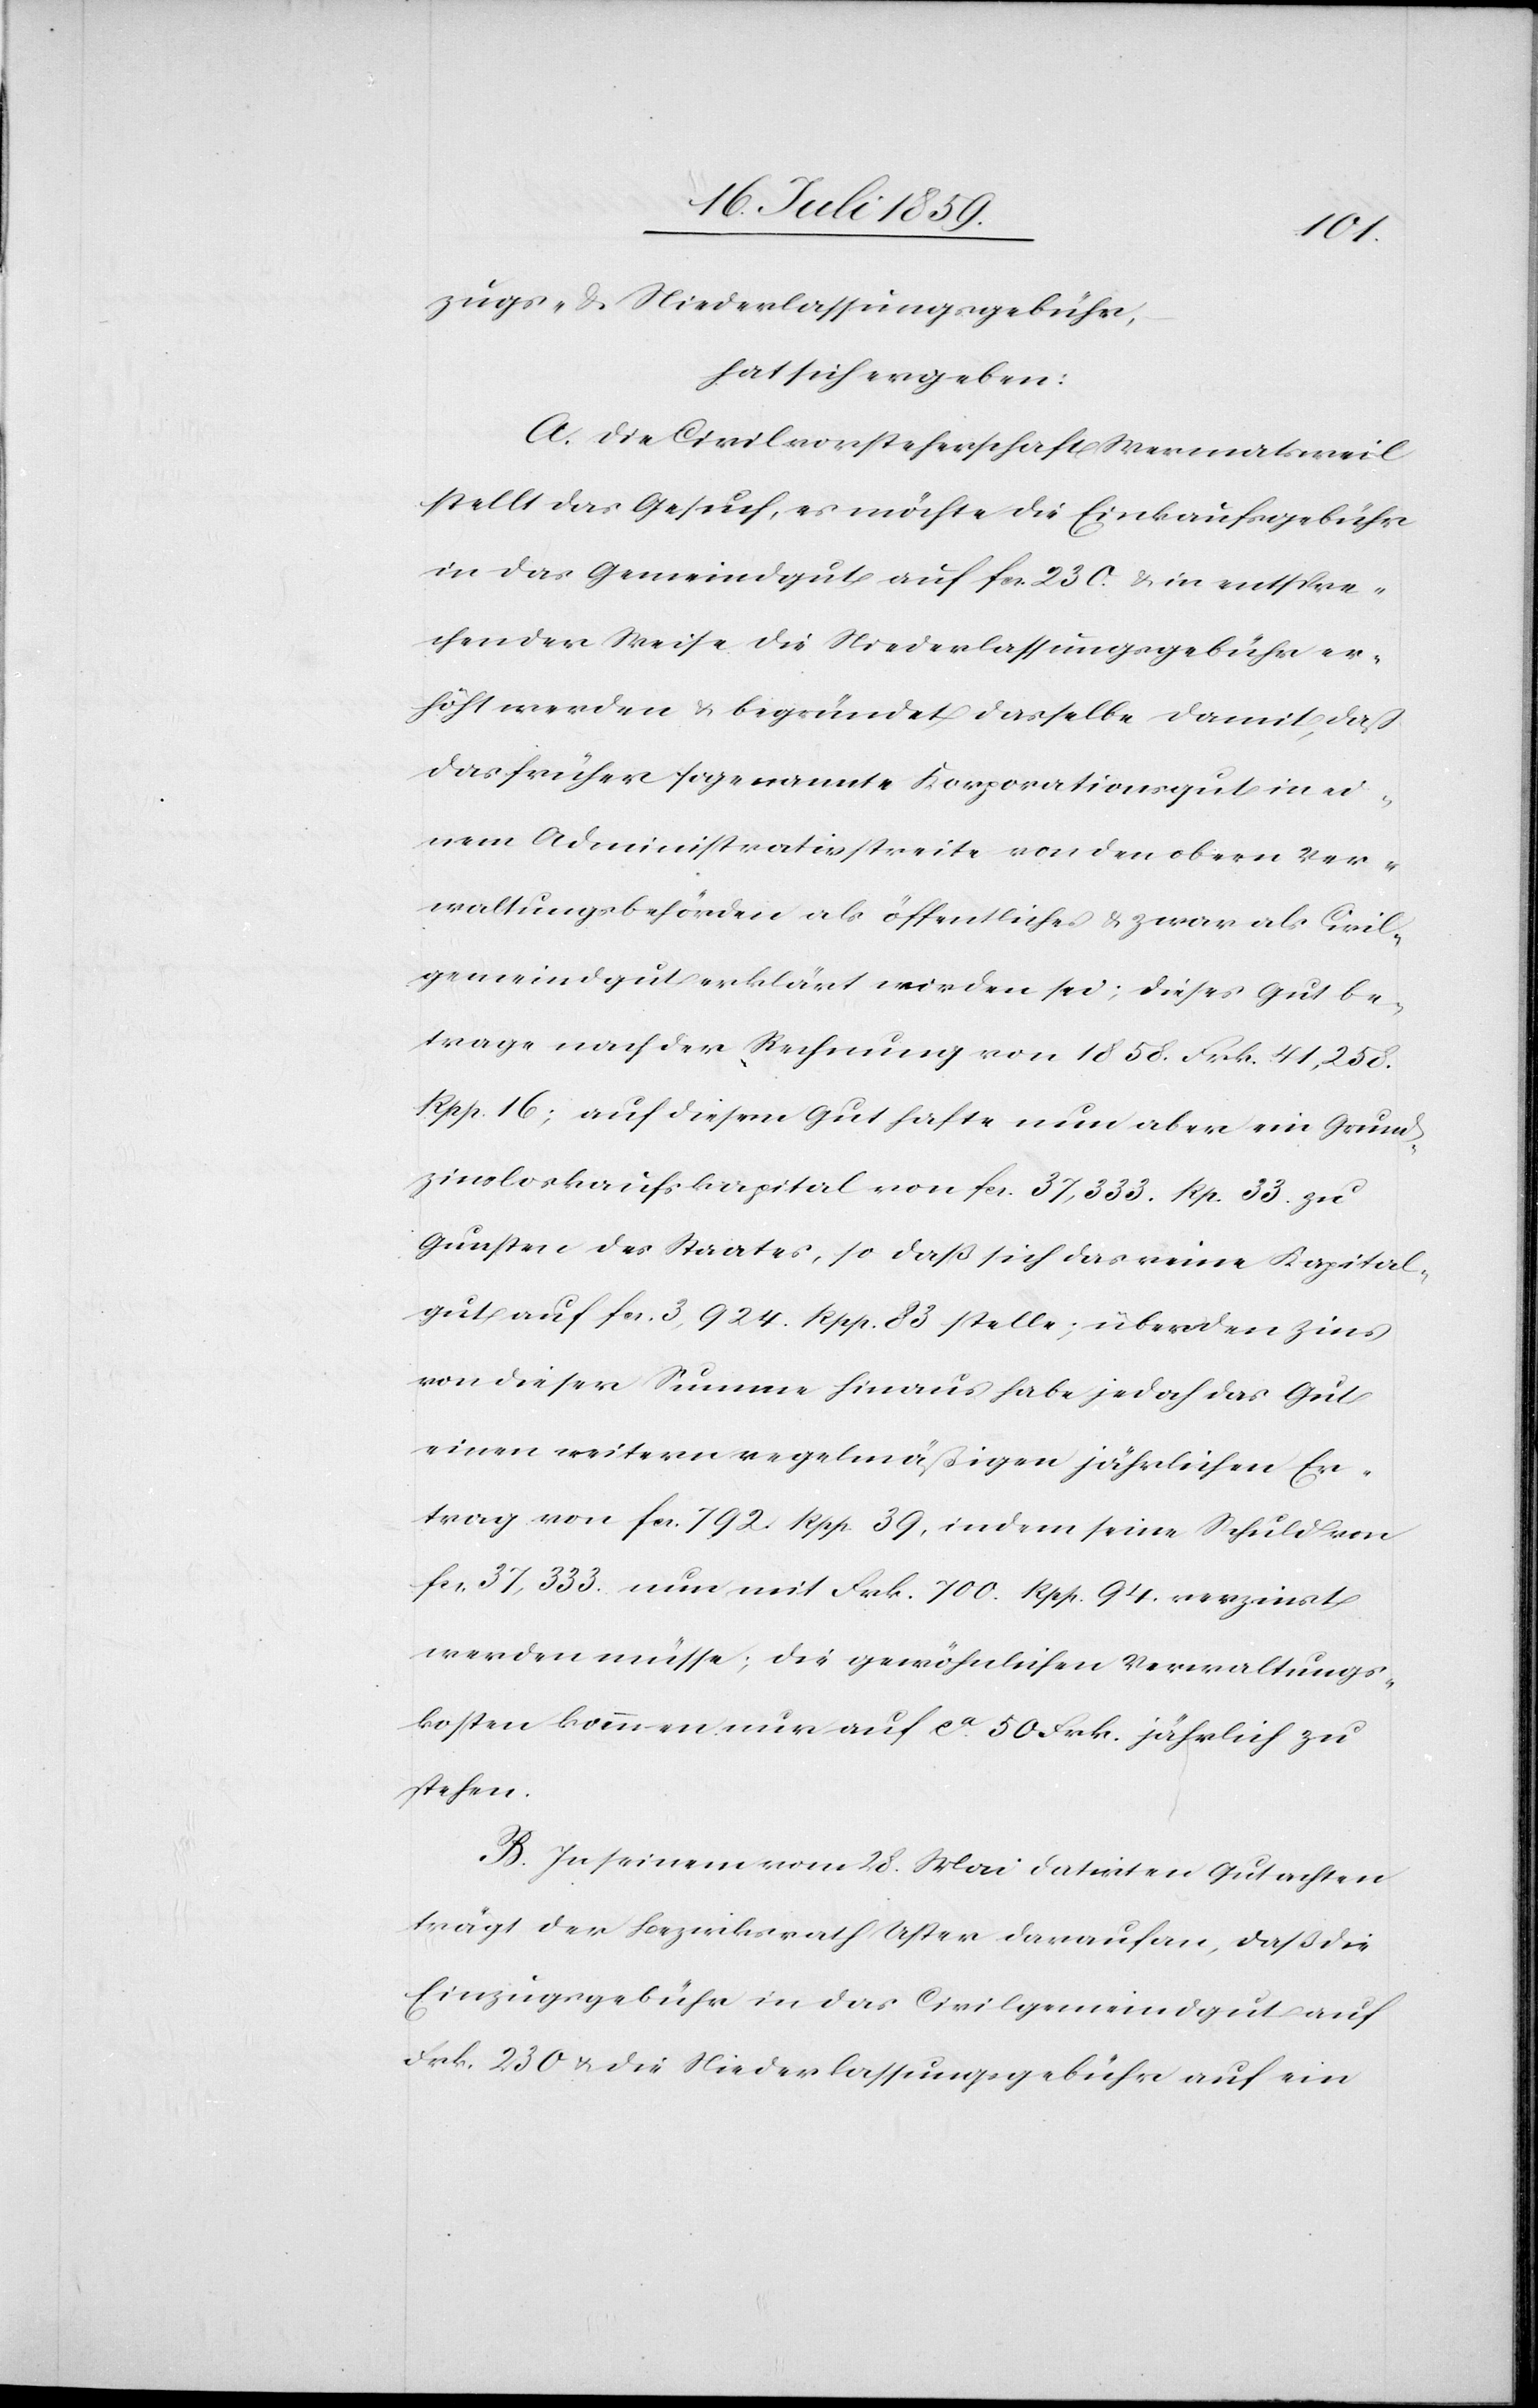
zugs- u. Niederlassungsgebühr,
hat sich ergeben:
A. Die Civilvorsteherschaft Wermatsweil
stellt das Gesuch, es möchte die Einkaufsgebühr
in das Gemeindsgut auf fcs. 230. u. in entspre¬
chender Weise die Niederlassungsgebühr er¬
höht werden u. begründet dasselbe damit, daß
das früher sogenannte Korporationsgut in ei¬
nem Administrativstreite von den obern Ver¬
waltungsbehörden als öffentlich u. zwar als Civil¬
gemeindgut erklärt worden sei; dieses Gut be¬
trage nach der Rechnung von 1858. Frk. 41,258.
Rpp. 16; auf diesem Gut hafte nun aber ein Grund¬
zinsloskaufskapital von fcs. 37,333. Rp. 33. zu
Gunsten des Staates, so daß sich das eine Kapital¬
gut auf fcs. 3,924. Rpp. 83 stelle; über den Zins
von dieser Summe hinaus habe jedoch das Gut
einen weitern regelmäßigen jährlichen Er¬
trag von fcs. 792. Rpp. 39, indem seine Schuld von
fcs. 37,333. nun mit Frk. 700. Rpp. 94. verzinst
werden müsse; die gewöhnlichen Verwaltungs¬
kosten kommen nur auf ca. 50. Frk. jährlich zu
stehen.
B. In seinem vom 28. Mai datirten Gutachten
trägt der Bezirksrath Uster darauf an, daß die
Einzugsgebühr in das Civilgemeindgut auf
Frk. 230 u. die Niederlassungsgebühr auf ein